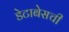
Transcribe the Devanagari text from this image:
डेटाबेसची